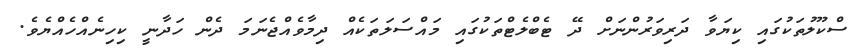
ސްކޫލުތަކުގައި ކިޔަވާ ދަރިވަރުންނަށް ދޭ ޓެބްލެޓްތަކުގައި މައްސަލަތަކެއް ދިމާވެއްޖެނަމަ ދެން ހަދާނީ ކިހިނެއްހެއްޔެވެ.